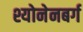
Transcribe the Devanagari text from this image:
श्योनेनबर्ग